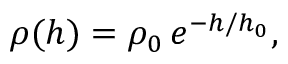
\rho ( h ) = \rho _ { 0 } \, e ^ { - h / h _ { 0 } } ,